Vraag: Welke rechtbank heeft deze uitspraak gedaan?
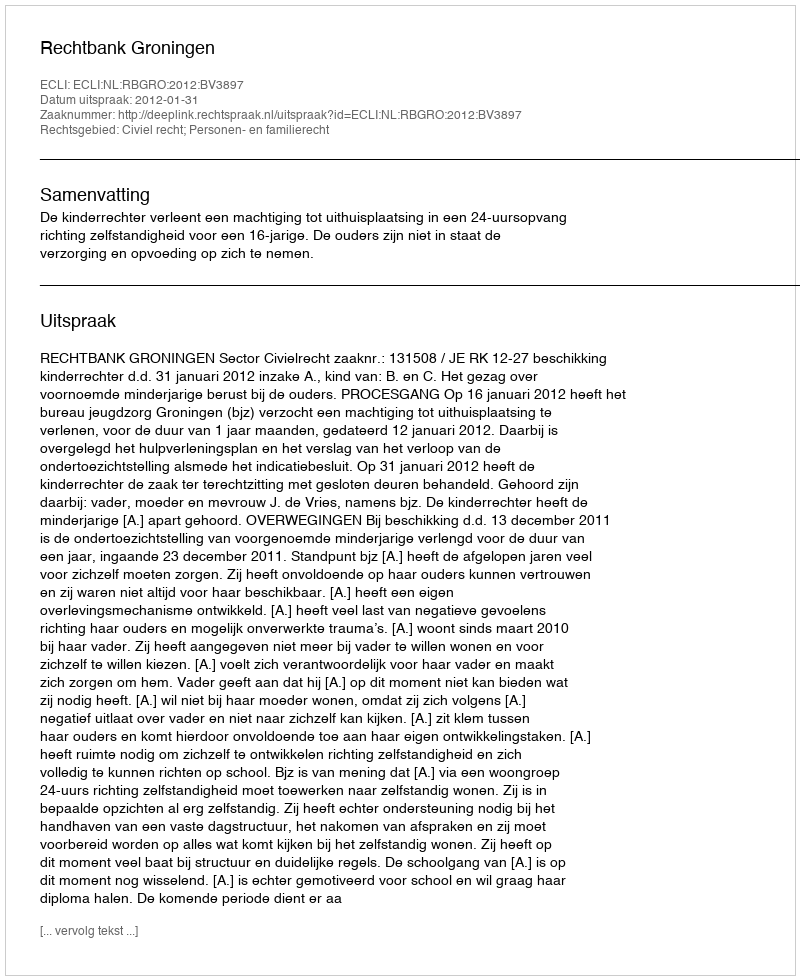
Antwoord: Rechtbank Groningen